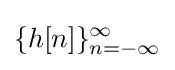
\{h[n]\}_{n=-\infty }^{\infty }